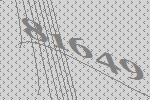
81649